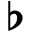
\flat